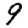
Digit: 9